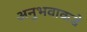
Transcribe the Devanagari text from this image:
अनुभवाकडे